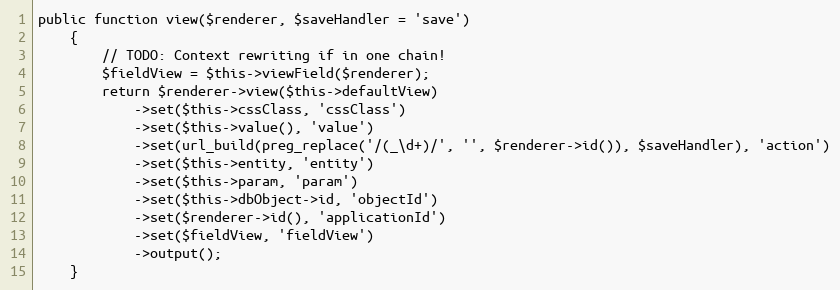
Language: PHP
public function view($renderer, $saveHandler = 'save')
    {
        // TODO: Context rewriting if in one chain!
        $fieldView = $this->viewField($renderer);
        return $renderer->view($this->defaultView)
            ->set($this->cssClass, 'cssClass')
            ->set($this->value(), 'value')
            ->set(url_build(preg_replace('/(_\d+)/', '', $renderer->id()), $saveHandler), 'action')
            ->set($this->entity, 'entity')
            ->set($this->param, 'param')
            ->set($this->dbObject->id, 'objectId')
            ->set($renderer->id(), 'applicationId')
            ->set($fieldView, 'fieldView')
            ->output();
    }